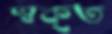
স্বকৃত